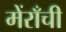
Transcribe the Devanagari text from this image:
मेंराँची